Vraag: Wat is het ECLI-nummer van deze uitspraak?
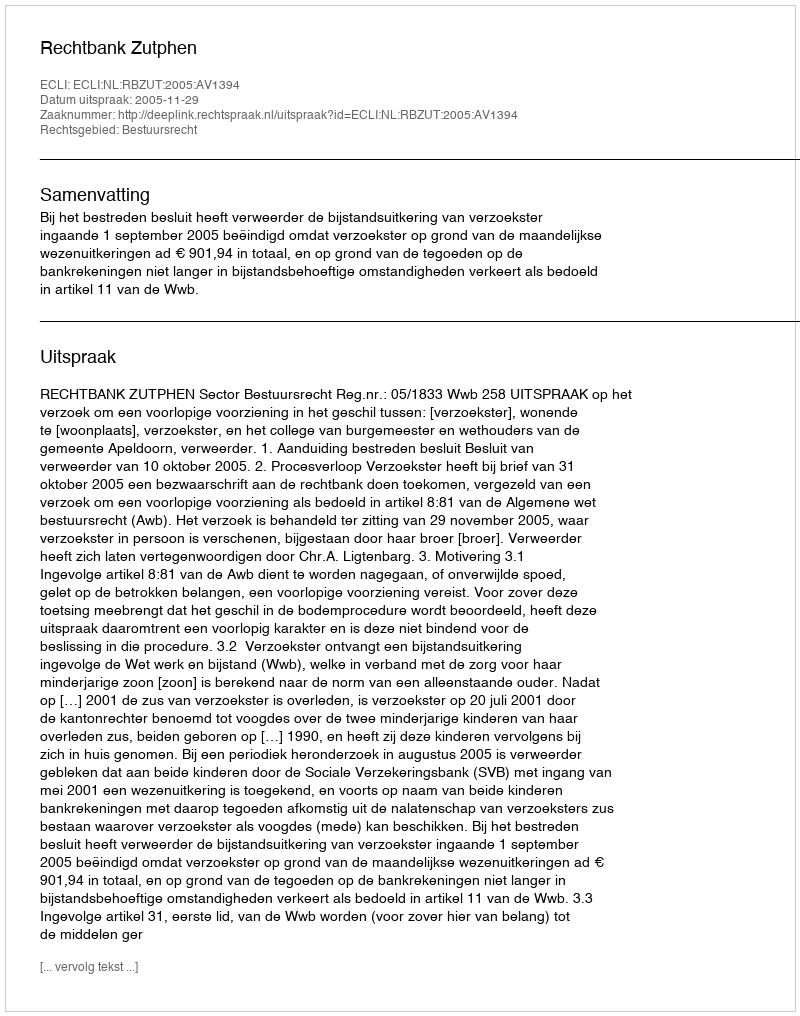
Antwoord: ECLI:NL:RBZUT:2005:AV1394